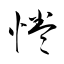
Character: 惓